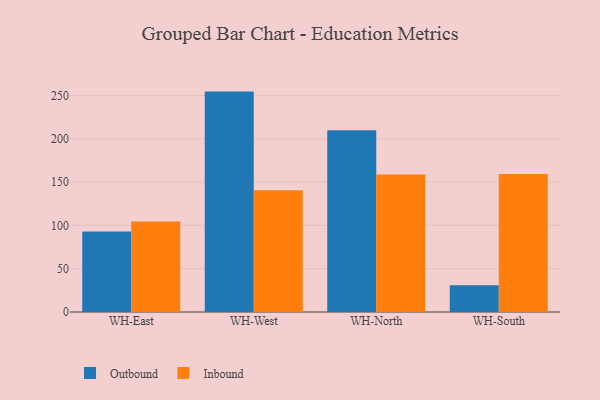
{"axis": {"x": "Warehouse", "y": "Gross Profit (USD K)"}, "legend": ["Inbound", "Outbound"], "data": [{"x": "WH-East", "y": 92.8, "type": "Outbound"}, {"x": "WH-East", "y": 104.4, "type": "Inbound"}, {"x": "WH-West", "y": 254.4, "type": "Outbound"}, {"x": "WH-West", "y": 140.4, "type": "Inbound"}, {"x": "WH-North", "y": 209.7, "type": "Outbound"}, {"x": "WH-North", "y": 158.7, "type": "Inbound"}, {"x": "WH-South", "y": 30.9, "type": "Outbound"}, {"x": "WH-South", "y": 159.3, "type": "Inbound"}]}